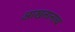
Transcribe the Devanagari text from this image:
आखतानाच